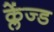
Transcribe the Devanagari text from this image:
क्लेंज्ड